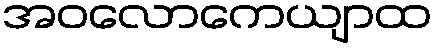
အဝလောကေယျာထ